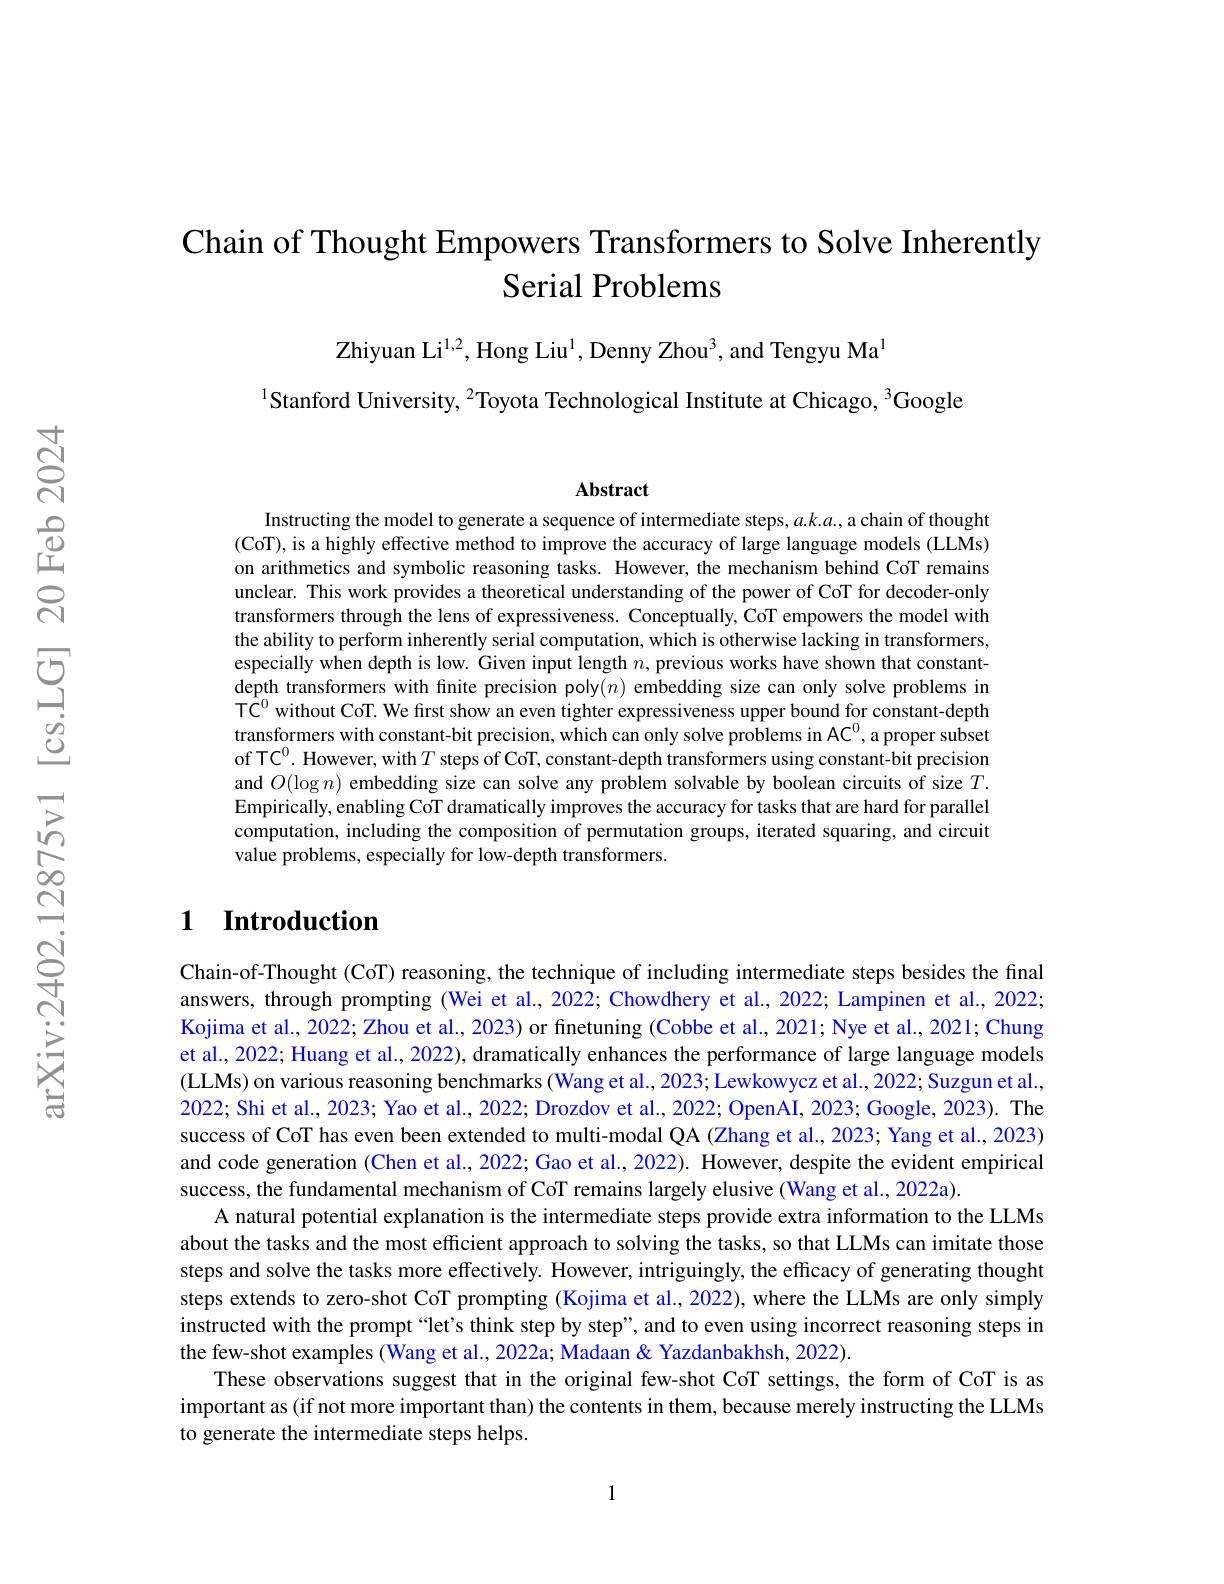
# Chain of Thought Empowers Transformers to Solve Inherently Serial Problems

$\mathrm{Zhiyuan~Li}^{1,2}$, Hong Liu$^1$, Denny Zhou$^3$, and Tengyu Ma

Stanford University, $^{2}$Toyota Technological Institute at Chicago, $^{3}$Google

Abstract

Instructing the model to generate a sequence of intermediate steps, $a.k.a.$, a chain of thought (CoT), is a highly effective method to improve the accuracy of large language models (LLMs) on arithmetics and symbolic reasoning tasks. However, the mechanism behind CoT remains unclear. This work provides a theoretical understanding of the power of CoT for decoder-only transformers through the lens of expressiveness. Conceptually, CoT empowers the model with the ability to perform inherently serial computation, which is otherwise lacking in transformers, especially when depth is low. Given input length $n$, previous works have shown that constantdepth transformers with finite precision poly$(n)$ embedding size can only solve problems in TC$^{0}$ without CoT. We first show an even tighter expressiveness upper bound for constant-depth transformers with constant-bit precision, which can only solve problems in AC$^{0}$, a proper subset of TC$^0.$ However, with $T$ steps of CoT, constant-depth transformers using constant-bit precision and $O(\log n)$ embedding size can solve any problem solvable by boolean circuits of size $T.$ Empirically, enabling CoT dramatically improves the accuracy for tasks that are hard for parallel computation, including the composition of permutation groups, iterated squaring, and circuit value problems, especially for low-depth transformers

## 1 Introduction

Chain-of-Thought (CoT) reasoning, the technique of including intermediate steps besides the final answers, through prompting (Wei et al., 2022; Chowdhery et al., 2022; Lampinen et al., 2022; Kojima et al., 2022; Zhou et al., 2023) or finetuning (Cobbe et al., 2021; Nye et al., 2021; Chung et al., 2022; Huang et al.., 2022), dramatically enhances the performance of large language models (LLMs) on various reasoning benchmarks (Wang et al., 2023; Lewkowycz et al., 2022; Suzgun et al., 2022; Shi et al., 2023; Yao et al., 2022; Drozdov et al., 2022; OpenAI, 2023; Google, 2023). The success of CoT has even been extended to multi-modal QA (Zhang et al., 2023; Yang et al., 2023) and code generation (Chen et al., 2022; Gao et al., 2022). However, despite the evident empirical success, the fundamental mechanism of CoT remains largely elusive (Wang et al., 2022a).
A natural potential explanation is the intermediate steps provide extra information to the LLMs about the tasks and the most efficient approach to solving the tasks, so that LLMs can imitate those steps and solve the tasks more effectively. However, intriguingly, the efficacy of generating thought steps extends to zero-shot CoT prompting (Kojima et al., 2022), where the LLMs are only simply instructed with the prompt“let's think step by step”, and to even using incorrect reasoning steps in the few-shot examples (Wang et al., 2022a; Madaan & Yazdanbakhsh, 2022).
These observations suggest that in the original few-shot CoT settings, the form of CoT is as important as (if not more important than) the contents in them, because merely instructing the LLMs to generate the intermediate steps helps.